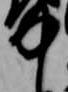
中